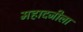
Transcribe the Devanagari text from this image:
महादजीला